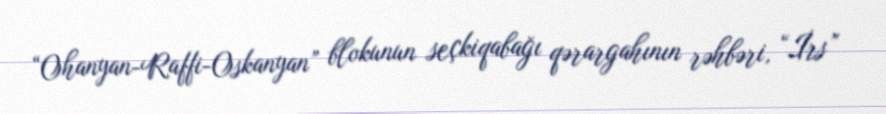
“Ohanyan-Raffi-Oskanyan” blokunun seçkiqabağı qərargahının rəhbəri, “İrs”